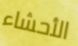
الأحشاء